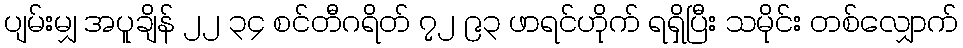
ပျမ်းမျှ အပူချိန် ၂၂ ၃၄ စင်တီဂရိတ် ၇၂ ၉၃ ဖာရင်ဟိုက် ရရှိပြီး သမိုင်း တစ်လျှောက်